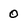
Character: 0